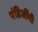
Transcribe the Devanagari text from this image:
पंडिजींनी